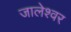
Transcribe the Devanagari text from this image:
जालेश्वर